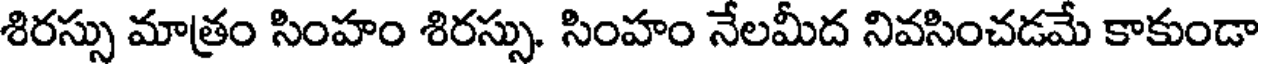
శిరస్సు మాత్రం సింహం శిరస్సు. సింహం నేలమీద నివసించడమే కాకుండా